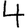
Digit: 4